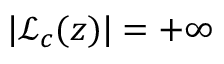
| { \mathcal { L } } _ { c } ( z ) | = + \infty